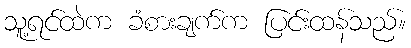
သူ့ရင်ထဲက ခံစားချက်က ပြင်းထန်သည်။